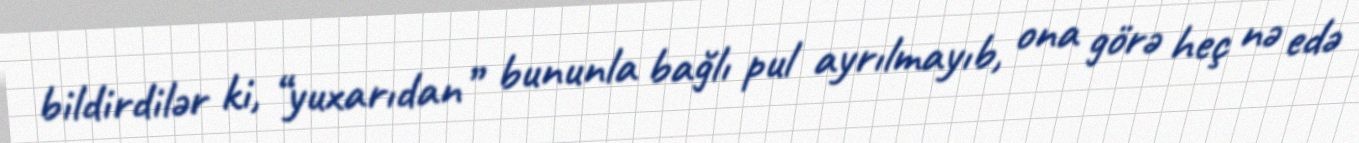
bildirdilər ki, “yuxarıdan” bununla bağlı pul ayrılmayıb, ona görə heç nə edə